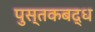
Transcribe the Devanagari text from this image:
पुस्तकबद्ध